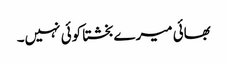
بھائی میرے بخشتا کوئی نہیں۔